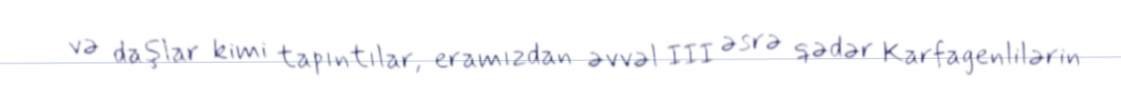
və daşlar kimi tapıntılar, eramızdan əvvəl III əsrə qədər Karfagenlilərin